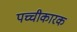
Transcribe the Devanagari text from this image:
पच्चीकारक